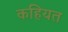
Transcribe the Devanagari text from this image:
कहियत